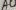
Text: A0